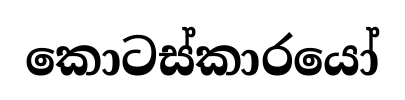
කොටස්කාරයෝ